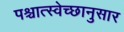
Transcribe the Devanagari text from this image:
पश्चात्स्वेच्छानुसार